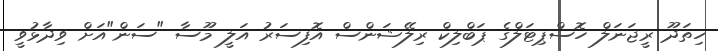
ހިތަދޫ ރީޖަނަލް ހޮސްޕިޓަލްގެ ޕަބްލިކް ރިލޭޝަންސް އޮފިސަރު އަލީ މޫސާ "ސަން"އަށް ވިދާޅުވީ